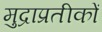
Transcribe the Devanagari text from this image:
मुद्राप्रतीकों